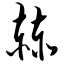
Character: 赫